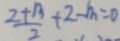
\frac { 2 + 1 3 } { 2 } + 2 - m = 0